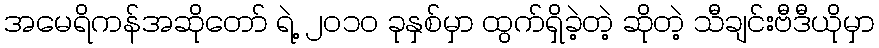
အမေရိကန်အဆိုတော် ရဲ့ ၂၀၁၀ ခုနှစ်မှာ ထွက်ရှိခဲ့တဲ့ ဆိုတဲ့ သီချင်းဗီဒီယိုမှာ